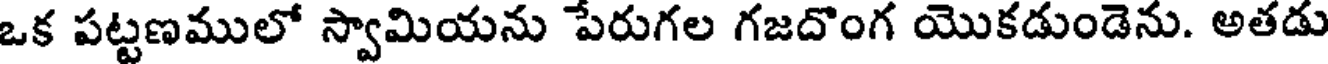
ఒక పట్టణములో స్వామియను పేరుగల గజదొంగ యొకడుండెను. అతడు